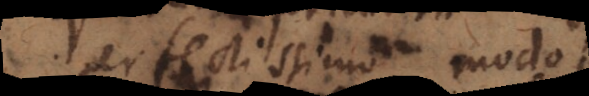
perfectissimo modo.